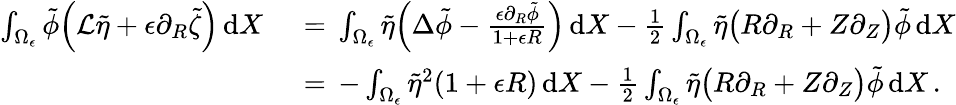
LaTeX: \begin{array}{rl}{\int_{\Omega_{\epsilon}}\tilde{\phi}\Bigl(\mathcal{L}\tilde{\eta}+\epsilon\partial_{R}\tilde{\zeta}\Bigr)\, \mathrm{d}X\, }&{{}=\, \int_{\Omega_{\epsilon}}\tilde{\eta}\Bigl(\Delta\tilde{\phi}-\frac{\epsilon\partial_{R}\tilde{\phi}}{1+\epsilon R}\Bigr)\, \mathrm{d}X-\frac 12\int_{\Omega_{\epsilon}}\tilde{\eta}\bigl(R\partial_{R}+Z\partial_{Z}\bigr)\tilde{\phi}\, \mathrm{d}X}\\ {\, }&{{}=\, -\int_{\Omega_{\epsilon}}\tilde{\eta}^{2}(1+\epsilon R)\, \mathrm{d}X-\frac 12\int_{\Omega_{\epsilon}}\tilde{\eta}\bigl(R\partial_{R}+Z\partial_{Z}\bigr)\tilde{\phi}\, \mathrm{d}X\, .}\end{array}